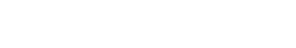
သူခိုးက လူလူဟစ်ခြင်း ဖြစ်သည်။